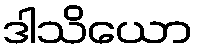
ဒါသိယော